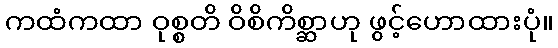
ကထံကထာ ဝုစ္စတိ ဝိစိကိစ္ဆာဟု ဖွင့်ဟောထားပုံ။